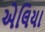
એલિયા